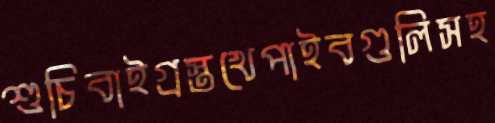
শুচিবাইগ্রস্তখেপাইবগুলিসহ